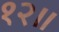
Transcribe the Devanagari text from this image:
१२॥